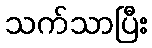
သက်သာပြီး